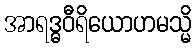
အာရဒ္ဓဝီရိယောဟမသ္မိ